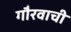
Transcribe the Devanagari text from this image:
गौरवाची